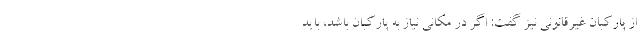
از پارکبان غیرقانونی نیز گفت: اگر در مکانی نیاز به پارکبان باشد، باید